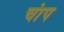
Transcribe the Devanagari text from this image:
चांप